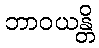
ဘာဝယန္တိ